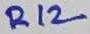
Text: R12